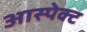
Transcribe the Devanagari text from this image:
आस्पेक्ट